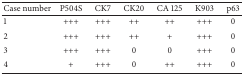
<table><thead><tr><td><b>Case number</b></td><td><b>P504S</b></td><td><b>CK7</b></td><td><b>CK20</b></td><td><b>CA 125</b></td><td><b>K903</b></td><td><b>p63</b></td></tr></thead><tbody><tr><td>1</td><td>+++</td><td>+++</td><td>++</td><td>++</td><td>+++</td><td>0</td></tr><tr><td>2</td><td>+++</td><td>+++</td><td>++</td><td>+</td><td>+++</td><td>0</td></tr><tr><td>3</td><td>+++</td><td>+++</td><td>0</td><td>0</td><td>+++</td><td>0</td></tr><tr><td>4</td><td>+</td><td>+++</td><td>0</td><td>++</td><td>+++</td><td>0</td></tr></tbody></table>